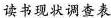
读书现状调查表